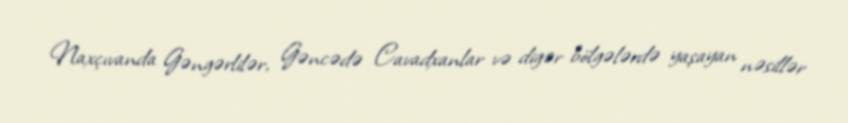
Naxçıvanda Gəngərlilər, Gəncədə Cavadxanlar və digər bölgələrdə yaşayan nəsillər